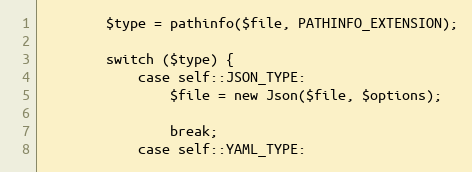
Language: PHP
        $type = pathinfo($file, PATHINFO_EXTENSION);

        switch ($type) {
            case self::JSON_TYPE:
                $file = new Json($file, $options);

                break;
            case self::YAML_TYPE: